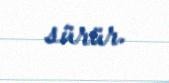
sürür.